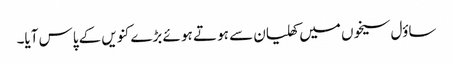
ساؤل سیخوں میں کھلیان سے ہو تے ہو ئے بڑے کنویں کے پاس آیا۔